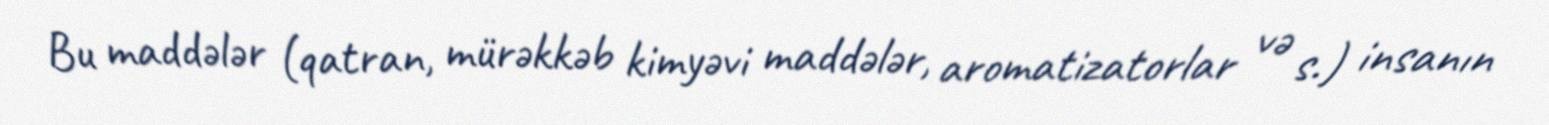
Bu maddələr (qatran, mürəkkəb kimyəvi maddələr, aromatizatorlar və s.) insanın